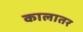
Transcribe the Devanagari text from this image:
कालातर